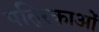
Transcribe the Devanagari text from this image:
पति्रकाओं